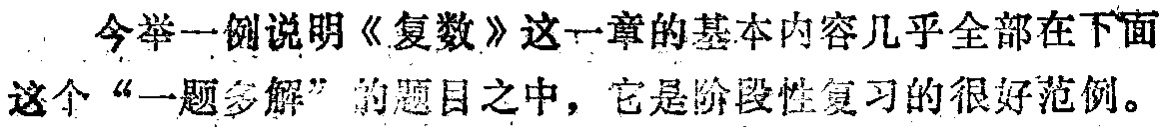
今举一例说明《复数》这一章的基本内容几乎全部在下面这个“一题多解”的题目之中，它是阶段性复习的很好范例。